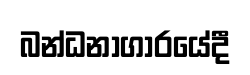
බන්ධනාගාරයේදී